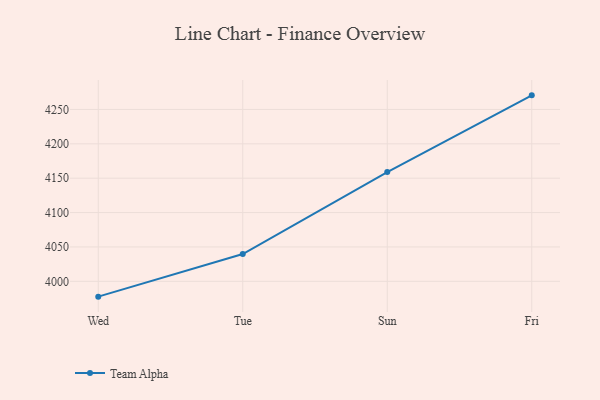
{"axis": {"x": "Day", "y": "Waste Production (Tons)"}, "legend": ["Team Alpha"], "data": [{"x": "Wed", "y": 3977.7, "type": "Team Alpha"}, {"x": "Tue", "y": 4039.7, "type": "Team Alpha"}, {"x": "Sun", "y": 4159.0, "type": "Team Alpha"}, {"x": "Fri", "y": 4270.5, "type": "Team Alpha"}]}